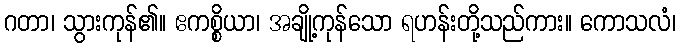
ဂတာ၊ သွားကုန်၏။ ဧကစ္စိယာ၊ အချို့ကုန်သော ရဟန်းတို့သည်ကား။ ကောသလံ၊